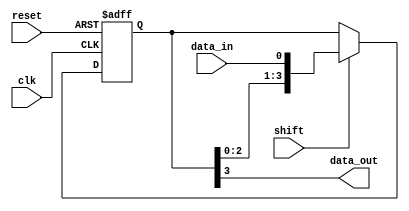
module shift_register(
    input wire clk,       // clock input
    input wire reset,     // reset input
    input wire shift,     // control signal for shifting data
    input wire data_in,   // input data
    output reg data_out   // output data
);

reg [3:0] reg_data;  // 4-bit shift register

always @(posedge clk or posedge reset) begin
    if (reset) begin
        reg_data <= 4'b0000;  // reset all flip-flops to 0
    end else if (shift) begin
        reg_data <= {reg_data[2:0], data_in};  // shift data through register
    end
end

assign data_out = reg_data[3]; // output data from final flip-flop

endmodule